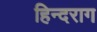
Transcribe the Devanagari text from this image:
हिन्दराग